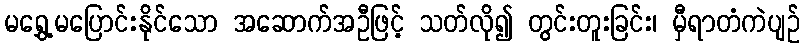
မရွှေ့မပြောင်းနိုင်သော အဆောက်အဦဖြင့် သတ်လို၍ တွင်းတူးခြင်း၊ မှီရာတံကဲပျဉ်